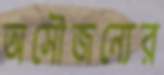
অসৌজন্যের